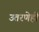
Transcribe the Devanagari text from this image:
उतरणेही